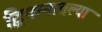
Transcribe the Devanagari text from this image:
द्विमानातल्या